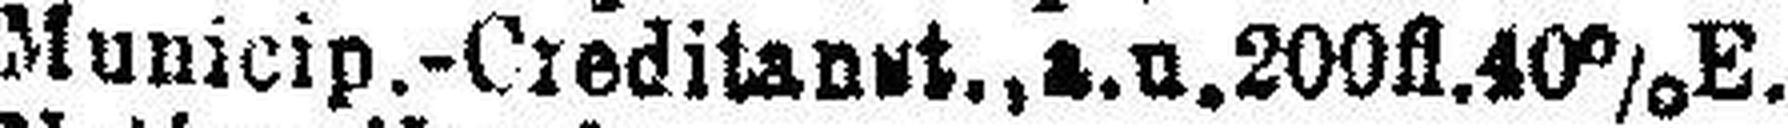
Municip.-Creditanst., a. u. 200fl. 40% E.